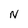
Character: N